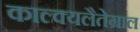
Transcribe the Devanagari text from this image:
काल्क्यलैतेग्राल